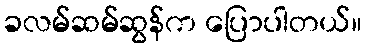
ခလမ်ဆမ်ဆွန်က ပြောပါတယ်။